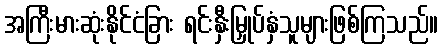
အကြီးမားဆုံးနိုင်ငံခြား ရင်းနှီးမြှုပ်နှံသူများဖြစ်ကြသည်။